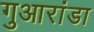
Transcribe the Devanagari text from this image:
गुआरांडा